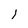
Character: 1